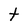
Character: t